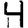
Digit: 4